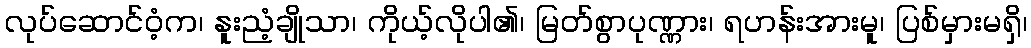
လုပ်ဆောင်ဝံ့က၊ နူးညံ့ချိုသာ၊ ကိုယ့်လိုပါ၏၊ မြတ်စွာပုဏ္ဏား၊ ရဟန်းအားမူ၊ ပြစ်မှားမရှိ၊